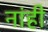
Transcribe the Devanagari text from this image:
नांही